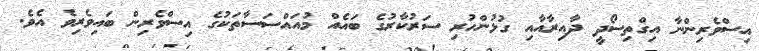
އިސްވެރިންނާ އިގްތިސޯދީ ދާއިރާއާއި ގުޅުންހުރި ސަރުކާރުގެ ބައެއް މުއައްސަސާތަކުގެ އިސްވެރިން ބައިވެރިވެ އެވެ.